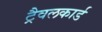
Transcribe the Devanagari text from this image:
ट्रैवलकार्ड